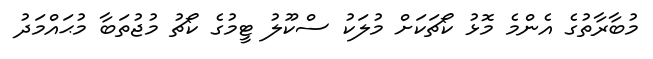
މުބާރާތުގެ އެންމެ މޮޅު ކޯޗަކަށް މުލަކު ސްކޫލު ޓީމުގެ ކޯޗު މުޖުތަބާ މުޙައްމަދު